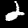
Label: 2